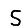
Digit: 5